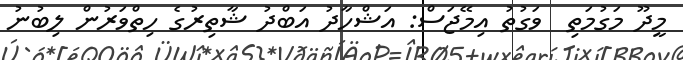
މީދޫ މަގުމަތި  ވަގުތު އިމޭޖަސް: އަޝްހާދު އަބްދު ޝާތިރުގެ ހިތްވަރުން ލިބުނު